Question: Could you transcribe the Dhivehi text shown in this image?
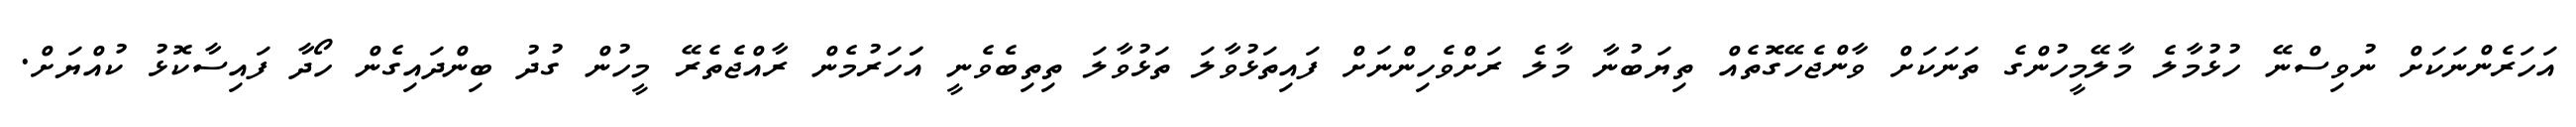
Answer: އަހަރެންނަކަށް ނުވިސްނޭ ހުޅުމާލެ މާލޭމީހުންގެ ތަނަކަށް ވާންޖެހޭގޮތެއް ތިޔަބުނާ މާލެ ރަށްވެހިންނަށް ފައިތަޅުވާލަ ތަޅުވާލަ ތިތިބެވެނީ އަަހަރުމެން ރާއްޖެތެރޭ މީހުން ގުދު ބިންދައިގެން ހޯދާ ފައިސާކޮޅު ކުއްޔަށް.